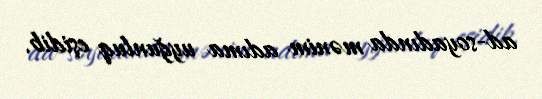
ad-soyadında mənim adıma uyğunluq eşidib.